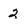
Character: 2